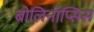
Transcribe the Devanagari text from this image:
बोलिनॉप्सिस